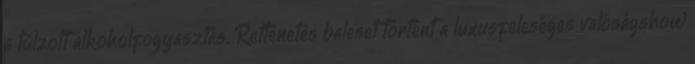
a túlzott alkoholfogyasztás. Rettenetes baleset történt a luxusfeleséges valóságshow